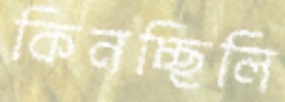
কিনচ্ছিলি